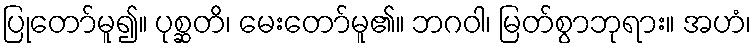
ပြုတော်မူ၍။ ပုစ္ဆတိ၊ မေးတော်မူ၏။ ဘဂဝါ၊ မြတ်စွာဘုရား။ အဟံ၊